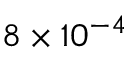
8 \times 1 0 ^ { - 4 }